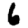
Digit: 6